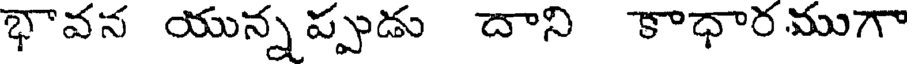
భావన యున్నప్పుడు దాని కాధారముగా